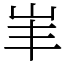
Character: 𡵞